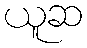
ယူဆ